Burma Government Medical School reports 1907-22
Year: 1907
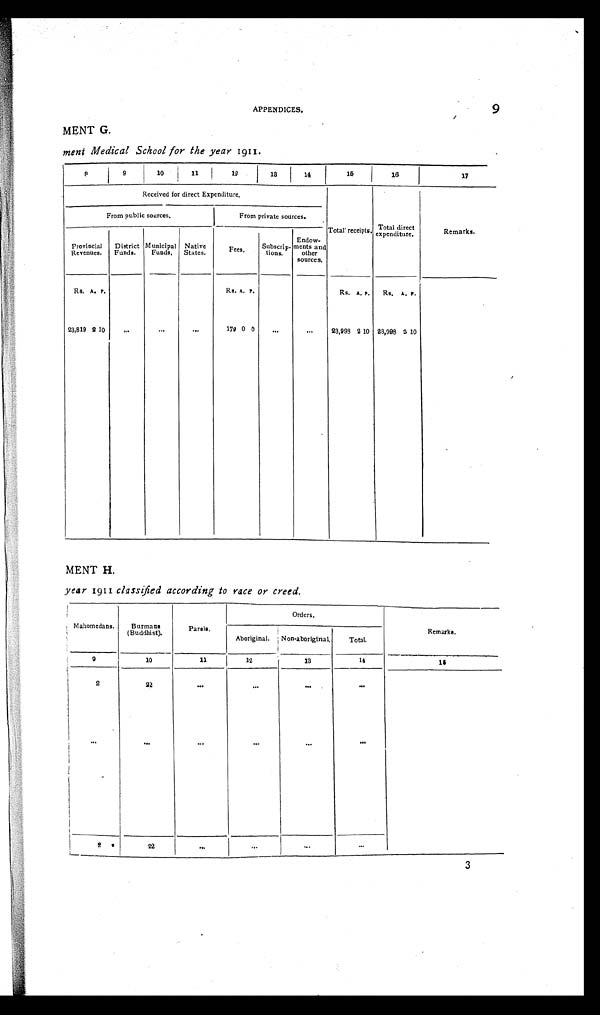
APPENDICES.
9
MENT G.
ment Medical School for the year 1911.
8 9
10
11
12 13
14
1 5
1 6
17
Received for direct Expenditure.
T o t a l r e c e i p t s .
Tot al di r ect
expenditure
.
Remarks.
From public sources.
From private sources.
Provincial
Revenues.
District
Funds.
Municipal
Funds.
Native
States.
F e e s .
Subscrip-
tions.
Endow-
ments and
other
sources.
Rs. A. P.
Rs. A. P.
Rs. A. P . Rs. A. P.
23,819 2 10
. . .
...
...
179 0 0
. . .
...
23,998 2 10 23,998 2 1 0
MENT H.
year 1911 classified according to race or creed.
Mahomedans. Burmans
(Buddhist).
Parsis.
Orders.
Remarks.
Aboriginal.Non-aboriginal.
Total.
9
10
11
12
13
14
1 5
2
22
. . .
. . .
. . .
. . .
. . .
. . .
. . .
. . .
. . .
. . .
2
22
. . . . . .
...
...
3